Madras plague regulations and rules - Volume 2
Disease focus: Plague
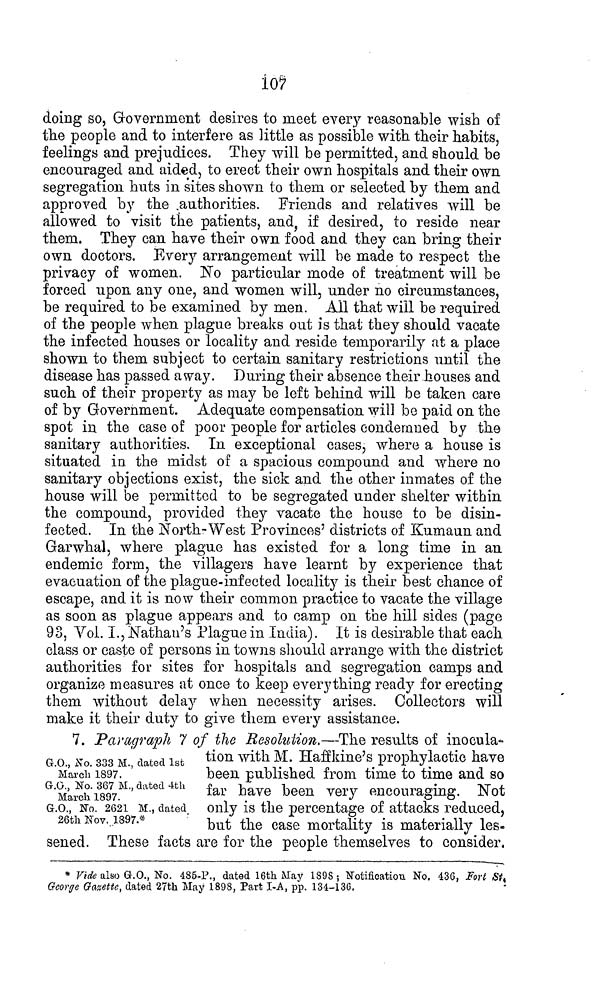
107
doing so, Government desires to meet every reasonable wish of
the people and to interfere as little as possible with their habits,
feelings and prejudices. They will be permitted, and should be
encouraged and aided, to erect their own hospitals and their own
segregation huts in sites shown to them or selected by them and
approved by the authorities. Friends and relatives will be
allowed to visit the patients, and, if desired, to reside near
them. They can have their own food and they can bring their
own doctors. Every arrangement will be made to respect the
privacy of women. No particular mode of treatment will be
forced upon any one, and women will, under no circumstances,
be required to be examined by men. All that will be required
of the people when plague breaks out is that they should vacate
the infected houses or locality and reside temporarily at a place
shown to them subject to certain sanitary restrictions until the
disease has passed away. During their absence their houses and
such of their property as may be left behind will be taken care
of by Government. Adequate compensation will be paid on the
spot in the case of poor people for articles condemned by the
sanitary authorities. In exceptional cases, where a house is
situated in the midst of a spacious compound and where no
sanitary objections exist, the sick and the other inmates of the
house will be permitted to be segregated under shelter within
the compound, provided they vacate the house to be disin-
fected. In the North-West Provinces' districts of Kumaun and
Garwhal, where plague has existed for a long time in an
endemic form, the villagers have learnt by experience that
evacuation of the plague-infected locality is their best chance of
escape, and it is now their common practice to vacate the village
as soon as plague appears and to camp on the hill sides (page
93, Vol. I., Nathan's Plague in India). It is desirable that each
class or caste of persons in towns should arrange with the district
authorities for sites for hospitals and segregation camps and
organize measures at once to keep everything ready for erecting
them without delay when necessity arises. Collectors will
make it their duty to give them every assistance.
G.O., No. 333 M., dated 1st
March 1897.
G.O., No. 367 M., dated 4th
March 1897.
G.O., No. 2621 M., dated
26th Nov. 1397.*
7. Paragraph 7 of the Resolution.—The results of inocula-
tion with M. Haffkine's prophylactic have
been published from time to time and so
far have been very encouraging. Not
only is the percentage of attacks reduced,
but the case mortality is materially les-
sened. These facts are for the people themselves to consider,
* Vide also G.O., No. 485-P., dated 16th May 1898 ; Notification No. 436, Fort St,
George Gazette, dated 27th May 1898, Part I-A, pp. 134-136.